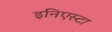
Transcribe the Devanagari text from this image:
इनिएस्टा